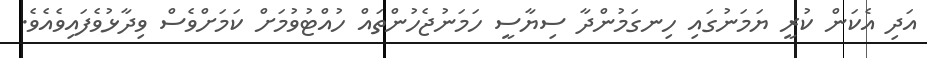
އަދި އެކަން ކުރީ ޔަމަނުގައި ހިނގަމުންދާ ސިޔާސީ ހަމަނުޖެހުންތައް ހުއްޓުވުމަށް ކަމަށްވެސް ވިދާޅުވެފައިވެއެވެ.